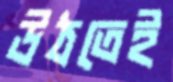
উঠতেই